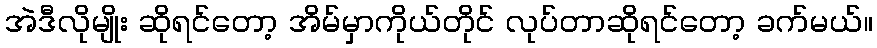
အဲဒီလိုမျိုး ဆိုရင်တော့ အိမ်မှာကိုယ်တိုင် လုပ်တာဆိုရင်တော့ ခက်မယ်။